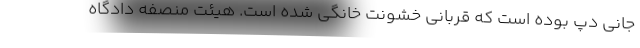
جانی دپ بوده است که قربانی خشونت خانگی شده است. هیئت منصفه دادگاه